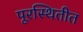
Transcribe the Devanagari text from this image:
पूरस्थितीत